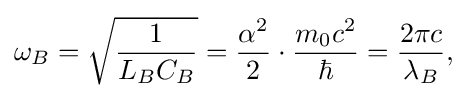
\omega _{B}={\sqrt {\frac {1}{L_{B}C_{B}}}}={\frac {\alpha ^{2}}{2}}\cdot {\frac {m_{0}c^{2}}{\hbar }}={\frac {2\pi c}{\lambda _{B}}},\